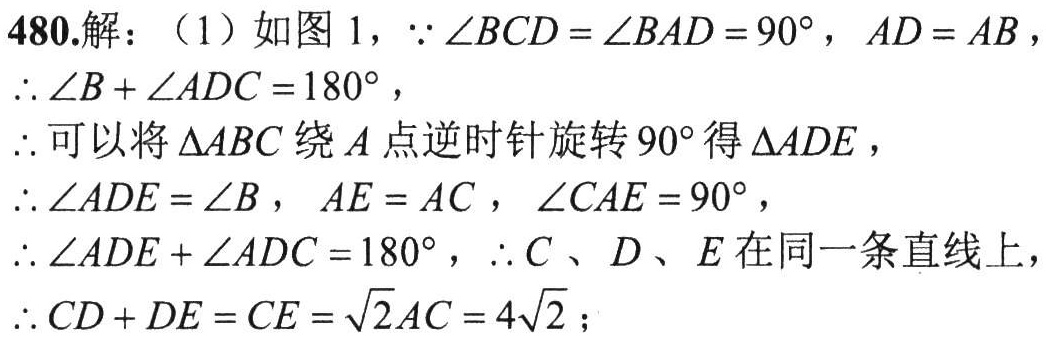
480.解：（1）如图1，\(\because\angle BCD=\angle BAD = 90^{\circ}\)，\(AD = AB\)，
\(\therefore\angle B+\angle ADC = 180^{\circ}\)，
\(\therefore\)可以将\(\triangle ABC\)绕\(A\)点逆时针旋转\(90^{\circ}\)得\(\triangle ADE\)，
\(\therefore\angle ADE=\angle B\)，\(AE = AC\)，\(\angle CAE = 90^{\circ}\)，
\(\therefore\angle ADE+\angle ADC = 180^{\circ}\)，\(\therefore C\)、\(D\)、\(E\)在同一条直线上，
\(\therefore CD + DE=CE=\sqrt{2}AC = 4\sqrt{2}\)；